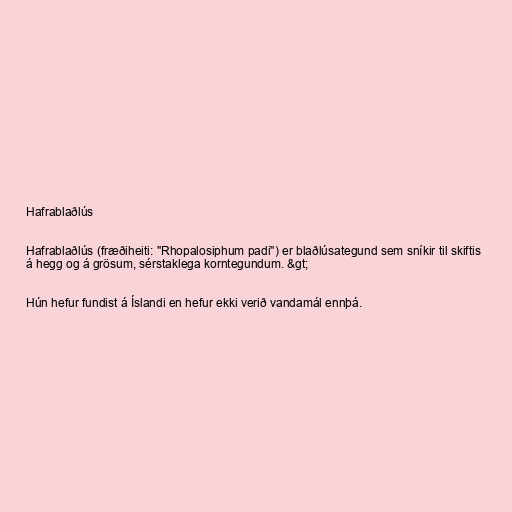
Hafrablaðlús

Hafrablaðlús (fræðiheiti: "Rhopalosiphum padi") er blaðlúsategund sem sníkir til skiftis
á hegg og á grösum, sérstaklega korntegundum. &gt;

Hún hefur fundist á Íslandi en hefur ekki verið vandamál ennþá.